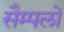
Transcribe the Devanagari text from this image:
सैम्पलों